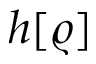
h [ \varrho ]